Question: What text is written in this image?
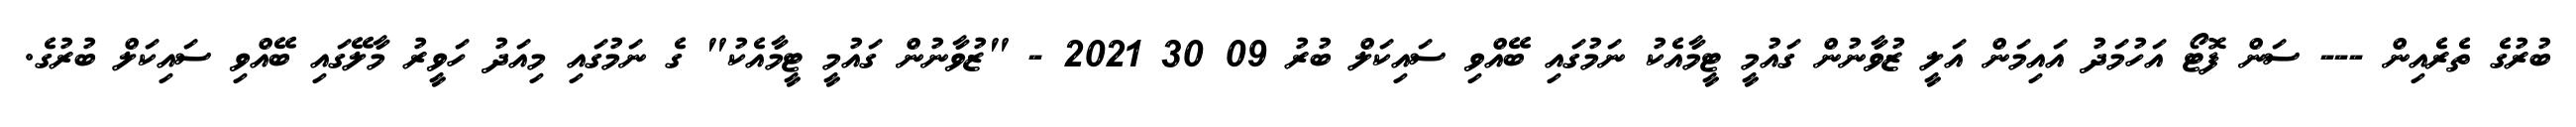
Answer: ބުރުގެ ތެރެއިން --- ސަން ފޮޓޯ އަހުމަދު އައިމަން އަލީ ޒުވާނުން ގައުމީ ޓީމާއެކު ނަމުގައި ބޭއްވި ސައިކަލް ބުރު 09 30 2021 - "ޒުވާނުން ގައުމީ ޓީމާއެކު" ގެ ނަމުގައި މިއަދު ހަވީރު މާލޭގައި ބޭއްވި ސައިކަލް ބުރުގެ.